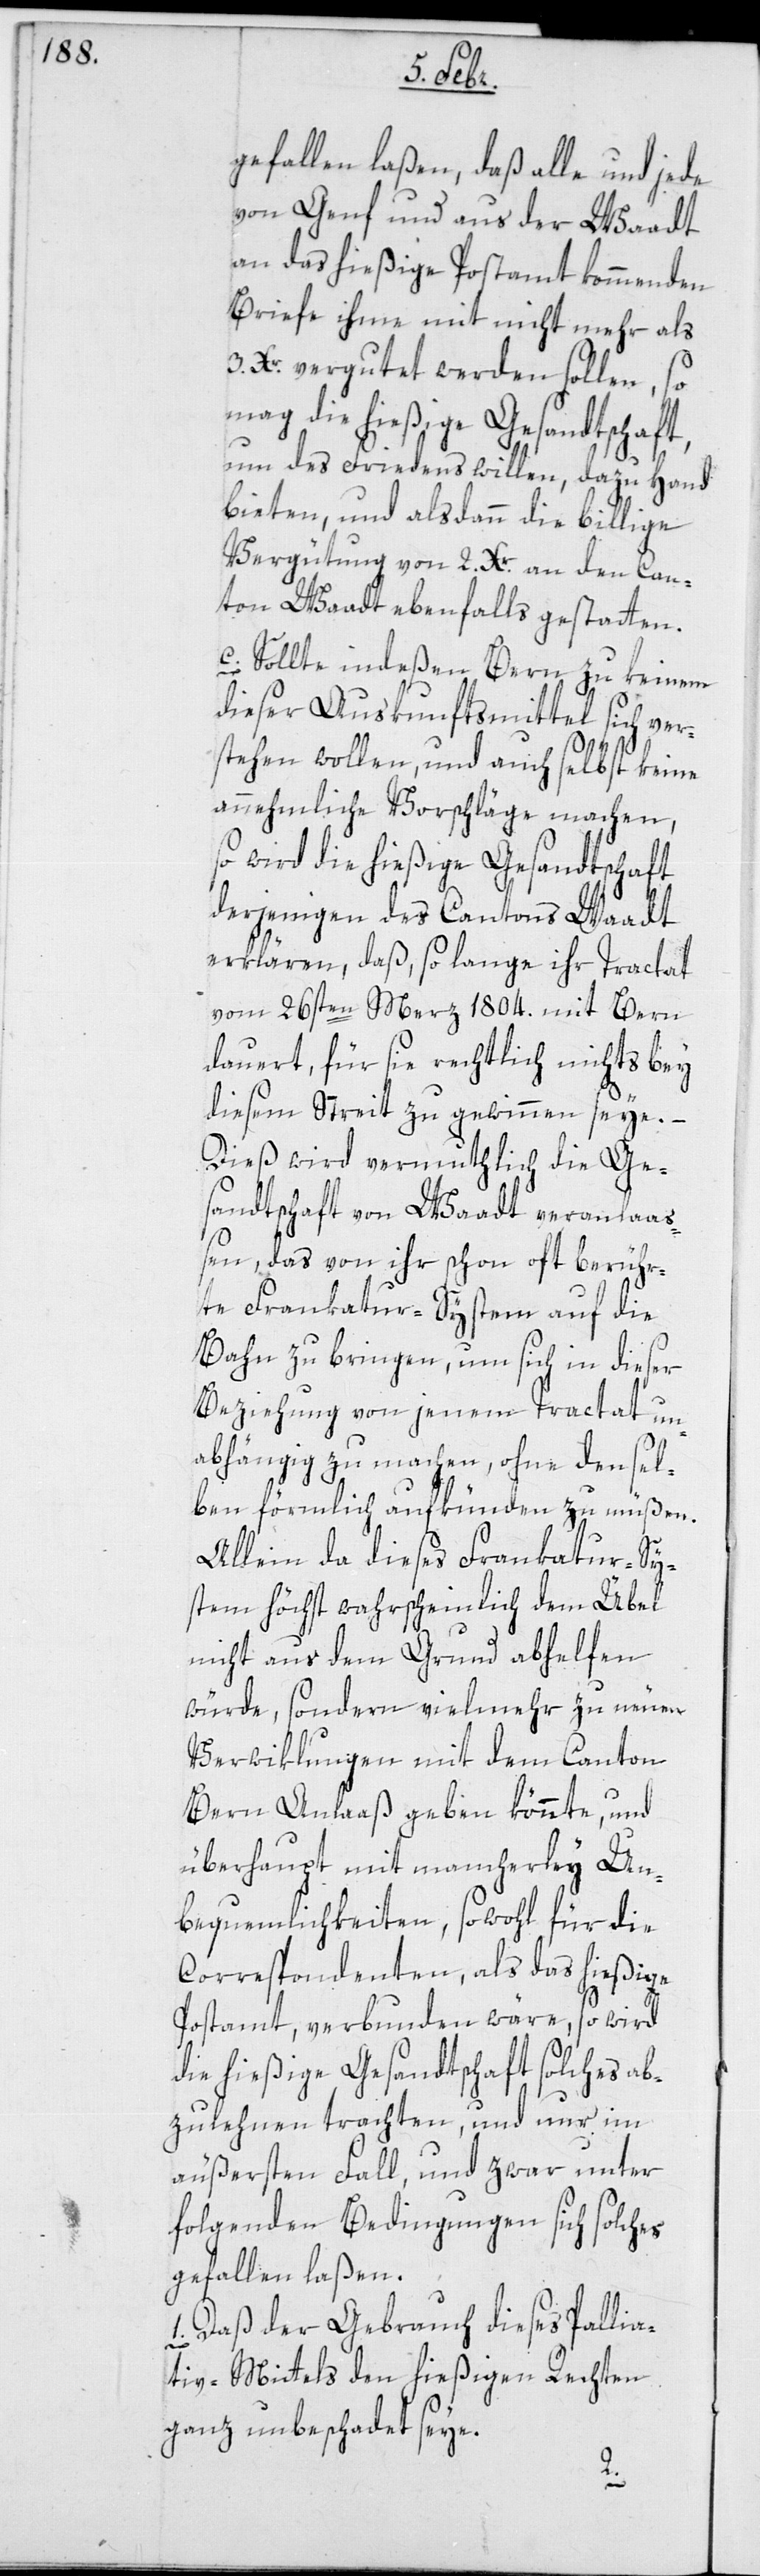
gefallen laßen, daß alle und jede
von Genf und aus der Waadt
an das hießige Postamt kommenden
Briefe ihme mit nicht mehr als
3 Xr. vergutet werden sollen, so
mag die hießige Gesandtschaft,
um des Friedens willen, dazu Hand
bieten, und alsdann die billige
Vergütung von 2. Xr. an den Can¬
ton Waadt ebenfalls gestatten.
c. Sollte indeßen Bern zu keinem
dieser Auskunftsmittel sich ver¬
stehen wollen, und auch selbst keine
annehmliche Vorschläge machen,
so wird die hießige Gesandtschaft
derjenigen des Cantons Waadt
erklären, daß, so lange ihr Tractat
vom 26sten Merz 1804. mit Bern
dauert, für sie rechtlich nichts bey
diesem Streit zu gewinnen seye. –
Dieß wird vermutlich die Ge¬
sandtschaft von Waadt veranlaß¬
en, das von ihr schon oft berühr¬
te Frankatur-System auf die
Bahn zu bringen, um sich in dieser
Beziehung von jenem Tractat un¬
abhängig zu machen, ohne densel¬
ben förmlich aufkünden zu müßen.
Allein da dieses Frankatur-Sy¬
stem höchstwahrscheinlich dem Übel
nicht aus dem Grund abhelfen
würde, sondern vielmehr zu neuen
Verwiklungen mit dem Canton
Bern Anlaß geben könnte, und
überhaupt mit mancherlei Un¬
bequemlichkeiten sowohl für die
Correspondenten als das hießige
Postamt verbunden wäre, so wird
die hießige Gesandtschaft solches ab¬
zulehnen trachten, und nur im
äußersten Fall, und zwar unter
folgenden Bedingungen sich solches
gefallen laßen:
daß der Gebrauch dieses Pallia¬
tiv-Mittels den hießigen Rechten
ganz unbeschadet seye.